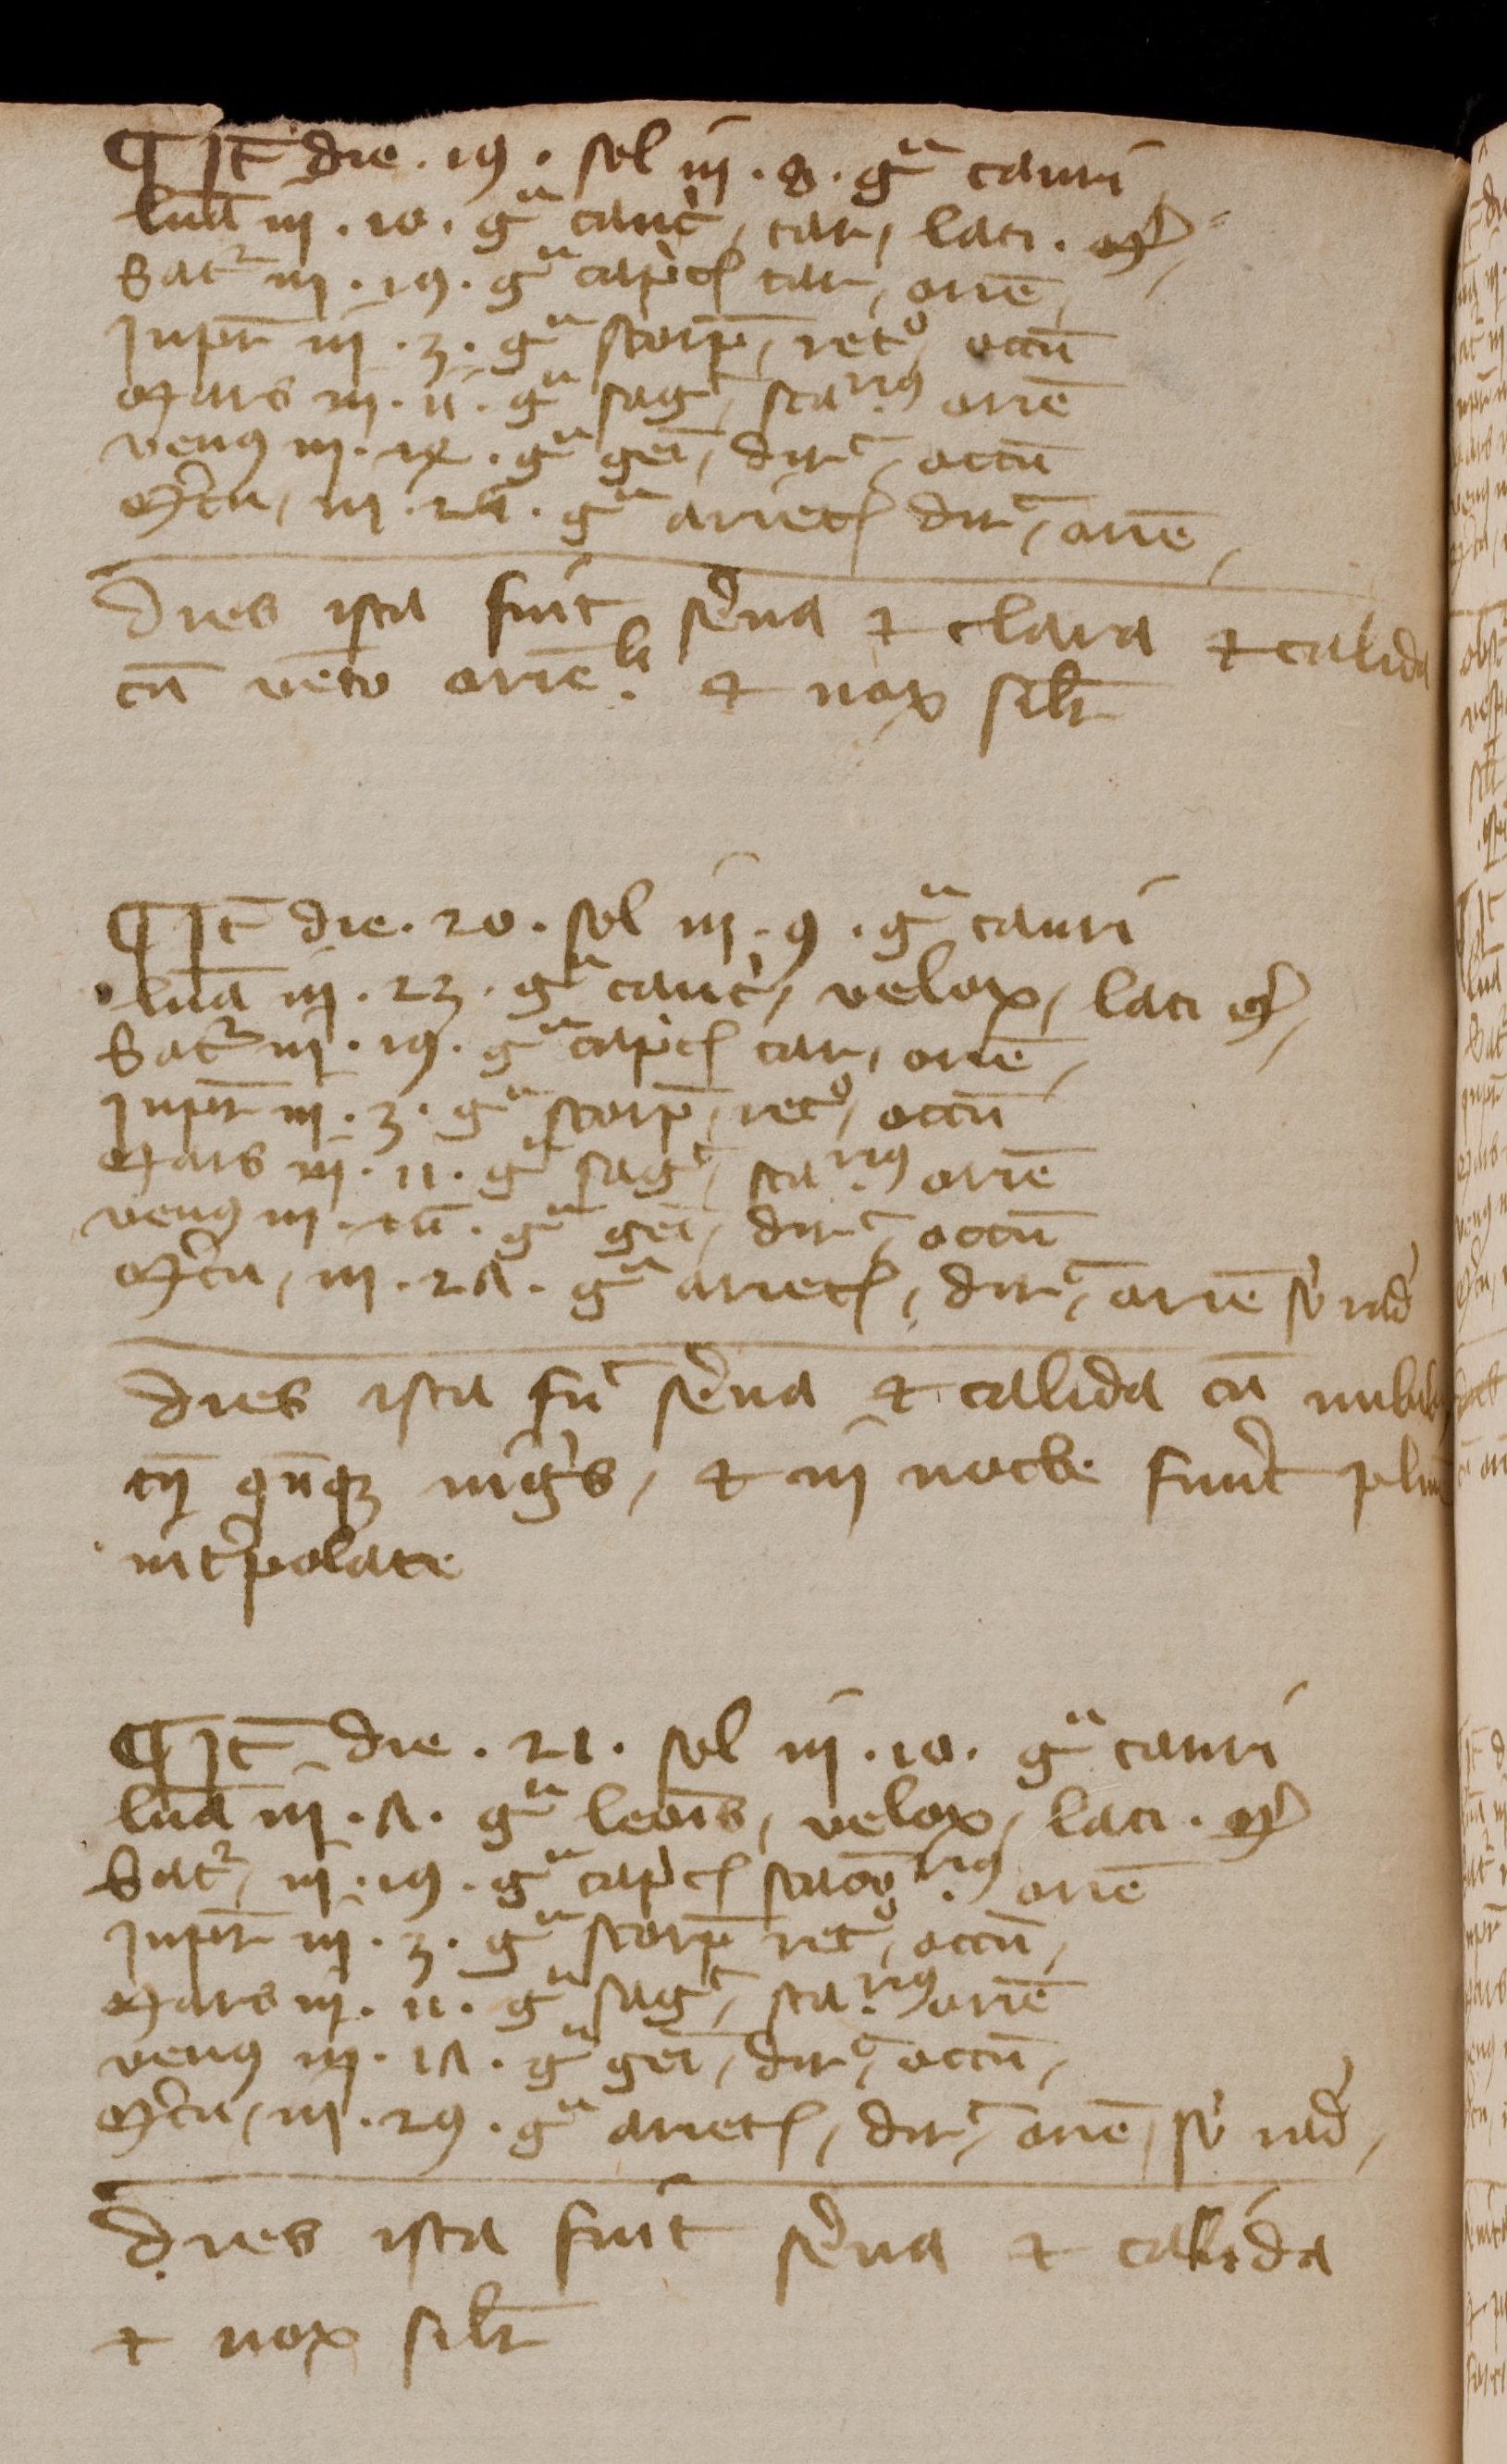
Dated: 1350–1424